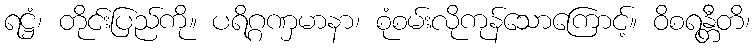
ရဋ္ဌံ၊ တိုင်းပြည်ကို။ ပရိဂ္ဂဏှမာနာ၊ စုံစမ်းလိုကုန်သောကြောင့်။ ဝိစရန္တီတိ၊